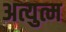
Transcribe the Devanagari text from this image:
अत्युत्म